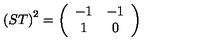
\left( S T \right) ^ { 2 } = \left( \begin{array} { c c } { - 1 } & { - 1 } \\ { 1 } & { 0 } \\ \end{array} \right)